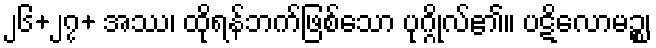
၂၆+၂၇+ အဿ၊ ထိုရန်ဘက်ဖြစ်သော ပုဂ္ဂိုလ်၏။ ပဋိလောမဉ္စ၊